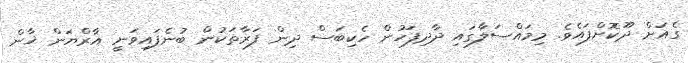
ގެއަށް ދޫކޮށްފައެވެ. މިމައްސަލާގައި ދާދިފަހުން ހެކިބަސް ދިން ފަރާތަކުން ބުނެފައިވަނީ އާރްޔަން ޚާން